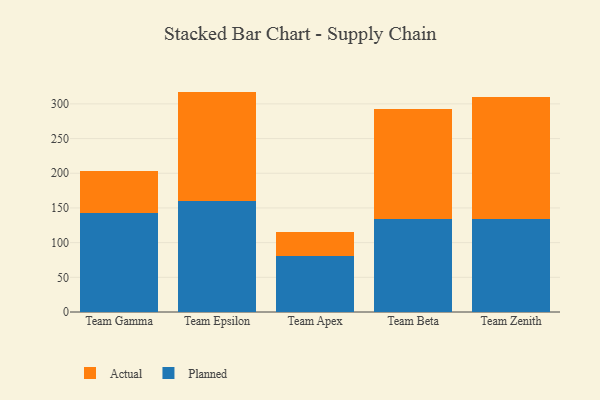
{"axis": {"x": "Team", "y": "Waste Production (Tons)"}, "legend": ["Actual", "Planned"], "data": [{"x": "Team Gamma", "y": 143.2, "type": "Planned"}, {"x": "Team Gamma", "y": 60.4, "type": "Actual"}, {"x": "Team Epsilon", "y": 159.4, "type": "Planned"}, {"x": "Team Epsilon", "y": 158.3, "type": "Actual"}, {"x": "Team Apex", "y": 80.7, "type": "Planned"}, {"x": "Team Apex", "y": 34.2, "type": "Actual"}, {"x": "Team Beta", "y": 134.3, "type": "Planned"}, {"x": "Team Beta", "y": 158.1, "type": "Actual"}, {"x": "Team Zenith", "y": 133.8, "type": "Planned"}, {"x": "Team Zenith", "y": 176.2, "type": "Actual"}]}